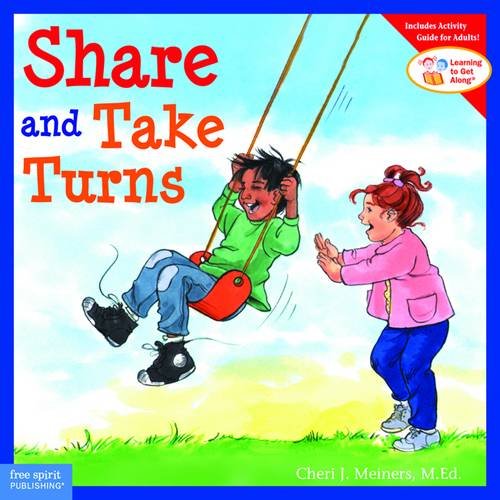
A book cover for Share and Take Turns (Learning to Get Along, Book 1); Cheri J. Meiners M.Ed.; Parenting & Relationships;